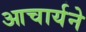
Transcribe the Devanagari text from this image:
आचार्यने